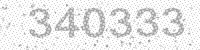
Solution: 340333